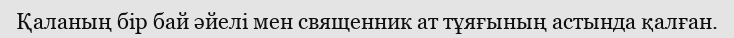
Қаланың бір бай әйелі мен священник ат тұяғының астында қалған.